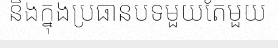
និងក្នុងប្រធានបទមួយតែមួយ